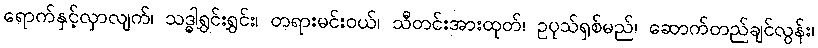
ရောက်နှင့်လှာလျက်၊ သဒ္ဓါရွှင်းရွှင်း၊ တရားမင်းဝယ်၊ သီတင်းအားထုတ်၊ ဥပုသ်ရှစ်မည်၊ ဆောက်တည်ချင်လွန်း၊